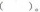
( )。